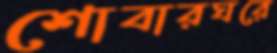
শোবারঘরে